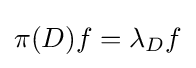
\displaystyle \pi (D)f=\lambda _{D}f